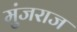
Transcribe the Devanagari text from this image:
मुंजराज